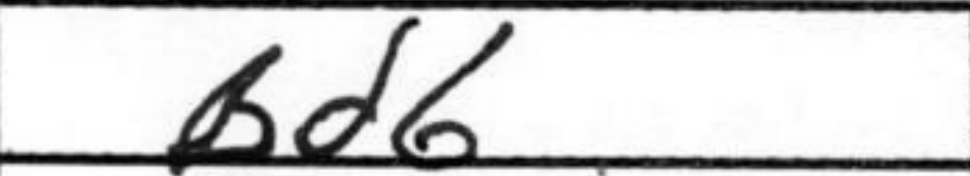
Transcription: Bd6